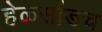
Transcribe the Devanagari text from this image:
हेळसांडच